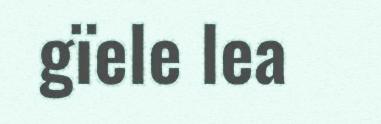
gïele lea